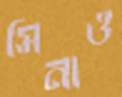
সিনাও